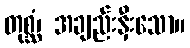
တုစ္ဆံ၊ အချည်းနှီးသော။